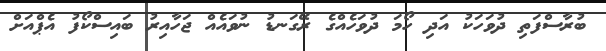
ބުރާސްފަތި ދުވަހަކު އަދި ހޯމަ ދުވަހެއްގެ ރޭގަނޑު ނުވައެއް ޖަހާއިރު ބައިސްކޯފު އެޕްއަށް